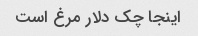
اینجا چک دلار مرغ است